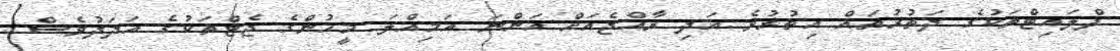
ފްލައިޓްތަކުގެ ދަތުރުތައް އިތުރުވެ އަދި ރާއްޖެއަށް އަންނަ އަމިއްލަ މީހުންގެ ޖެޓްތަކުގެ އަދަދުވެސް